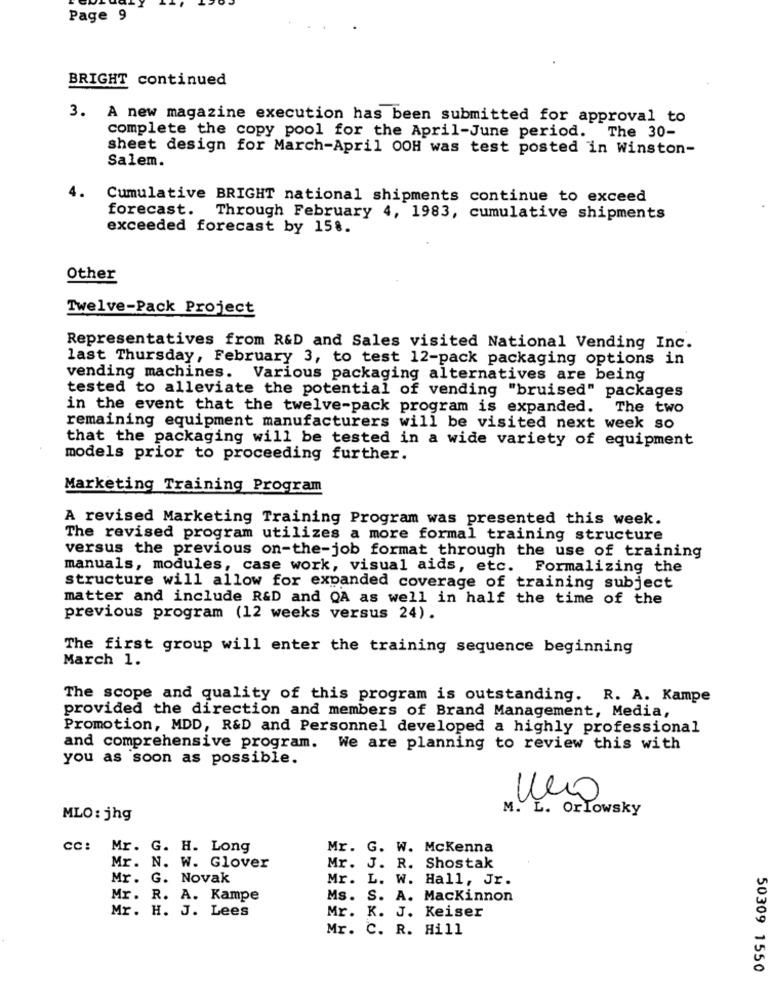
Page 9
BRIGHT continued
3. A new magazine execution has been submitted for approval to
complete the copy pool for the April-June period. The 30-
sheet design for March-April OOH was test posted in Winston-
Salem.
Cumulative BRIGHT national shipments continue to exceed
forecast. Through February 4, 1983, cumulative shipments
exceeded forecast by 158.
Other
Twelve-Pack Project
Representatives from R&D and Sales visited National Vending Inc.
last Thursday, February 3, to test 12-pack packaging options in
vending machines. Various packaging alternatives are being
tested to alleviate the potential of vending "bruised" packages
in the event that the twelve-pack program is expanded.
The two
remaining equipment manufacturers will be visited next week so
that the packaging will be tested in a wide variety of equipment
models prior to proceeding further.
Marketing Training Program
A revised Marketing Training Program was presented this week.
The revised program utilizes a more formal training structure
versus the previous on-the-job format through the use of training
manuals, modules, case work, visual aids, etc. Formalizing the
structure will allow for expanded coverage of training subject
matter and include R&D and QA as well in half the time of the
previous program (12 weeks versus 24).
The first group will enter the training sequence beginning
March 1.
The scope and quality of this program is outstanding. R. A. Kampe
provided the direction and members of Brand Management, Media,
Promotion, MDD, R&D and Personnel developed a highly professional
and comprehensive program. We are planning to review this with
you as soon as possible.
M. L. Orlowsky
MLO: jhg
cc: Mr. G. H. Long
Mr. G. W. Mckenna
Mr. N. W. Glover
Mr. J. R. Shostak
Mr. G. Novak
Mr. L. W. Hall, Jr.
Mr. R. A. Kampe
Ms. S. A. Mackinnon
Mr. H. J. Lees
Mr. K. J. Keiser
Mr. C. R. Hill
50309 1550